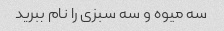
سه میوه و سه سبزی را نام ببرید